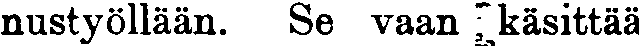
nustyöllään. Se vaan käsittää